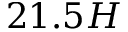
2 1 . 5 H